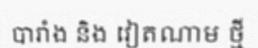
បារាំង និង វៀតណាម ថ្មី